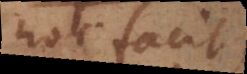
hoc facit,